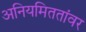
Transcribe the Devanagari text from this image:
अनियमिततांवर